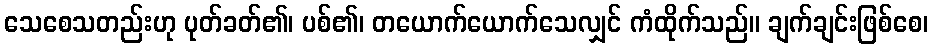
သေစေသတည်းဟု ပုတ်ခတ်၏၊ ပစ်၏၊ တယောက်ယောက်သေလျှင် ကံထိုက်သည်။ ချက်ချင်းဖြစ်စေ၊